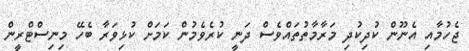
ޖެހުމާއި އެނޫން ކުދިކުދި މަރާމާތުތައްވެސް ދަނީ ކުރެވެމުން ކަމަށް ކުޅިވަރާ ބެހޭ މިނިސްޓްރީން